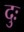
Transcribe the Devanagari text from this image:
दुः